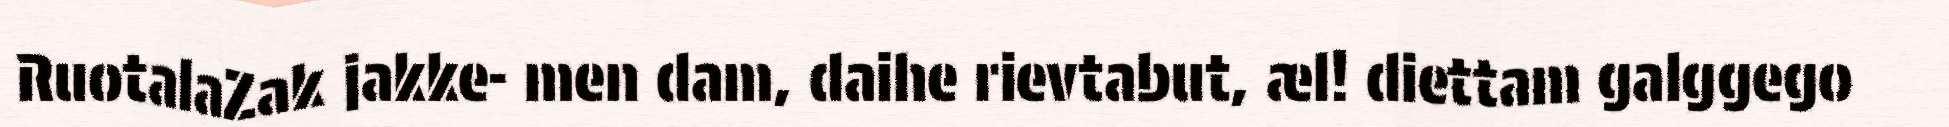
RuotalaZak jakke- men dam, daihe rievtabut, æl! diettam galggego